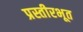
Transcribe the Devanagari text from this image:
प्रस्तीरभूत